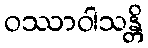
ဝဿာဝါသန္တိ